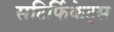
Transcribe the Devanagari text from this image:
सटिर्फिकेट्स